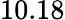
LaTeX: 10.18